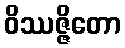
ဝိဿဇ္ဇိတော